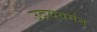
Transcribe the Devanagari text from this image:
उदयवर्मन्